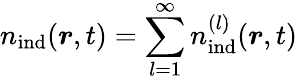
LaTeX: {n}_{\mathrm{ind}}(\boldsymbol{r},t)=\sum_{l=1}^{\infty}{n}_{\mathrm{ind}}^{(l)}(\boldsymbol{r},t)